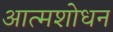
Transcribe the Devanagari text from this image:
आत्मशोधन